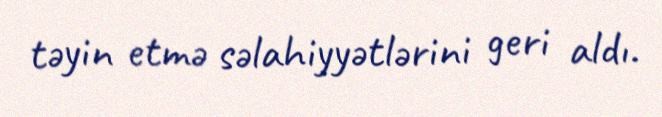
təyin etmə səlahiyyətlərini geri aldı.